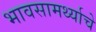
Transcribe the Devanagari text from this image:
भावसामर्थ्याचे